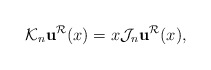
\begin{align*}\mathcal{K}_n\mathbf{u}^{\mathcal{R}}(x)=x\mathcal{J}_n\mathbf{u}^{\mathcal{R}}(x),\end{align*}